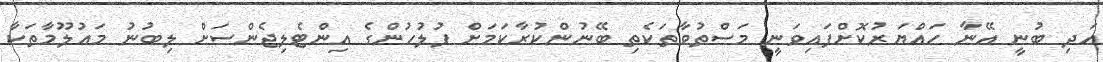
އަދި ބުނީ އޭނާ ހައްޔަރުކޮށްފައިވަނީ މަސްތުވާތަކެތި ބޭނުންކުރާކަމަށް ފުލުހުންގެ އިންޓެލިޖެންސަށް ލިބުނު މައުލޫމާތަކާ